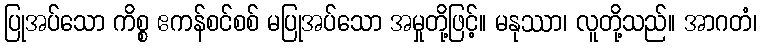
ပြုအပ်သော ကိစ္စ ဧကန်စင်စစ် မပြုအပ်သော အမှုတို့ဖြင့်။ မနုဿာ၊ လူတို့သည်။ အာဂတံ၊